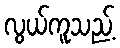
လွယ်ကူသည့်